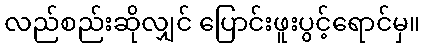
လည်စည်းဆိုလျှင် ပြောင်းဖူးပွင့်ရောင်မှ။